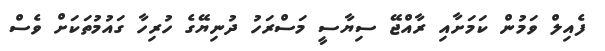
ފެއިލް ވަމުން ކަމަށާއި ރާއްޖޭ ސިޔާސީ މަސްރަހު ދުނިޔޭގެ ހުރިހާ ގައުމުތަކަށް ވެސް